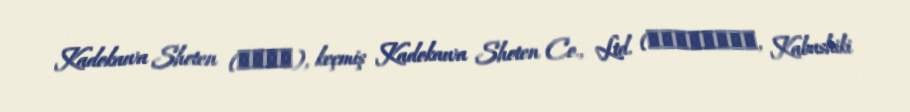
Kadokawa Shoten (角川書店), keçmiş Kadokawa Shoten Co., Ltd. (株式会社角川書店, Kabushiki